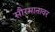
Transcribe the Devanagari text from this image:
सौरमानावर